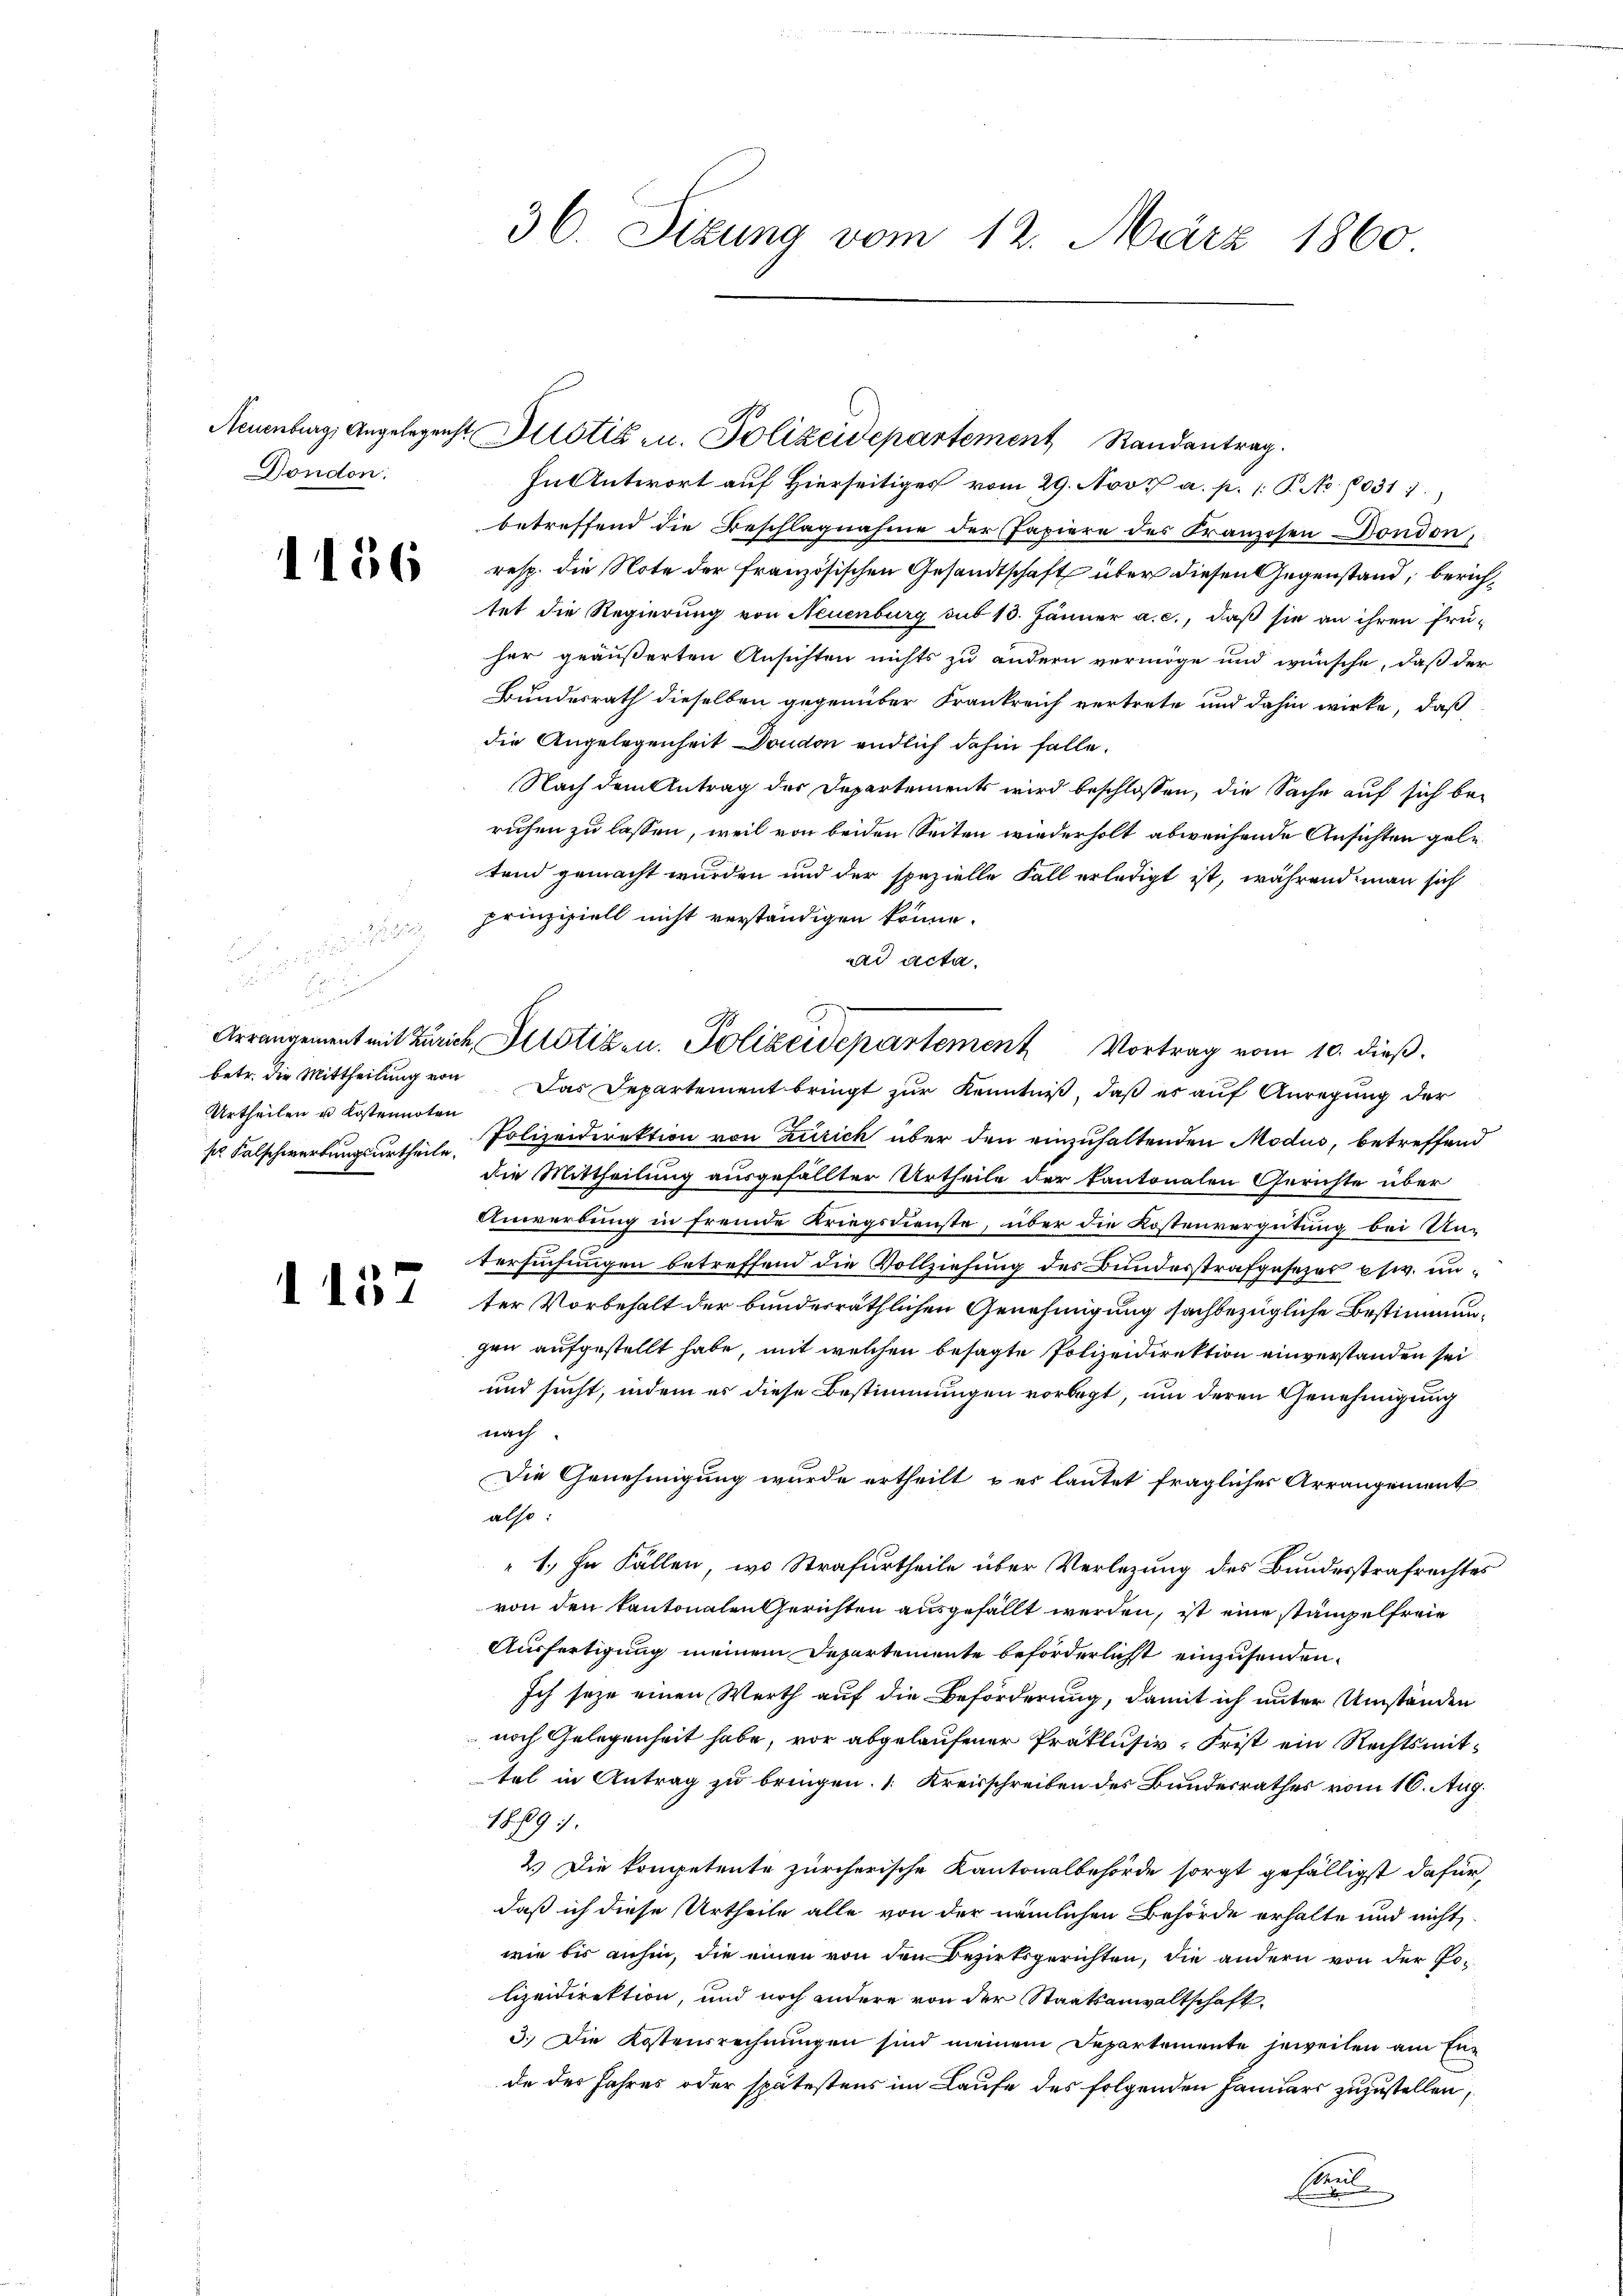
Dondon.

1156

u
.
d
betr. die Mittheilung von
Urtheilen u Kostennoten

1157

Neuenburg, Angelegenst Altstis u. Polizeidepartement Randantrag
In Antwort auf Hierseitiges vom 29. Nov. a. p. 1 P. No 1031 1
betreffend die Beschlagnahme der Papiere des Kranzosen Bondon,
resp. die Note der französischen Gesandtschaft über diesen Gegenstand, berichtet die Regierung von Neuenburg sub 13. Jänner a. c., daß sie an ihren frü-
her geäußerten Ansichten nichts zu andern vermöge und wünsche, daß der
Bundesrath dieselben gegenüber Frankreich vertrete und dahin wirke, daß
die Angelegenheit Dondon endlich dahin falle.
Nach dem Antrag der Departements wird beschlossen, die Sache auf sich be-
ruhen zu lassen, weil von beiden Seiten wiederholt abweichende Ansichten geletend gemacht wurden und der spezielle Fall erledigt ist, während man sich
prinzipiell nicht verständigen könne.
aad acta.
Das Departement bringt zur Kenntniß, daß es auf Anregung der
s Falschwertungsurtheile. Polizeidirektion von Zürich über den einzuhaltenden Modus, betreffend
die Mittheilung ausgefällter Urtheile der Pantonalen Gerichte über
Anwerbung in fremde Kriegsdienste, über die Kostenvergütung bei Un-
tersuchungen betreffend die Vollziehung des Bundesstrafgesezes esw. unter Vorbehalt der bundesräthlichen Genehmigung sachbezügliche Bestimmungen aufgestellt habe, mit welchen besagte Polizeidirektion einverstanden sei
und sucht, indem es diese Bestimmungen vorlegt, um deren Genehmigung
nach.
Die Genehmigung wurde ertheilt & es lautet fragliches Arrangement
also:
 1. In Fällen, wo Strafurtheile über Verlegung des Bundesstrafrechtes
von den kantonalen Gerichten ausgefällt werden, ist eine stampelfreie
Ausfertigung meinem Departemente beförderlicht einzusenden.
Ich seye einen Werth auf die Beförderung, damit ich unter Umständen
noch Gelegenheit habe, vor abgelaufener Präklusiv. Frist ein Rechtsmittel in Antrag zu bringen. ( Kreisschreiben des Bundesrathes vom 10. Aug.
18. 89.
2.) Die kompetente zürcherische Kantonalbehörde sorgt gefälligst dafür,
daß ich diese Urtheile alle von der nämlichen Behörde erhalte und nicht
wie bis anhin, die einen von den Bezirksgerichten, die andern von der Polizeidirektion, und noch andere von der Staatsanwaltschaft
3.) Die Kostensrechnungen sind meinem Departemente jeweilen am Ende des Jahres oder spätestens im Laufe des folgenden Januars zuzustellen,
Email

36. Sizung vom 12. März 1860

Arrangement mit Zürich, Allotizen. Polizeidepartement Vortrag vom 10. dieß.